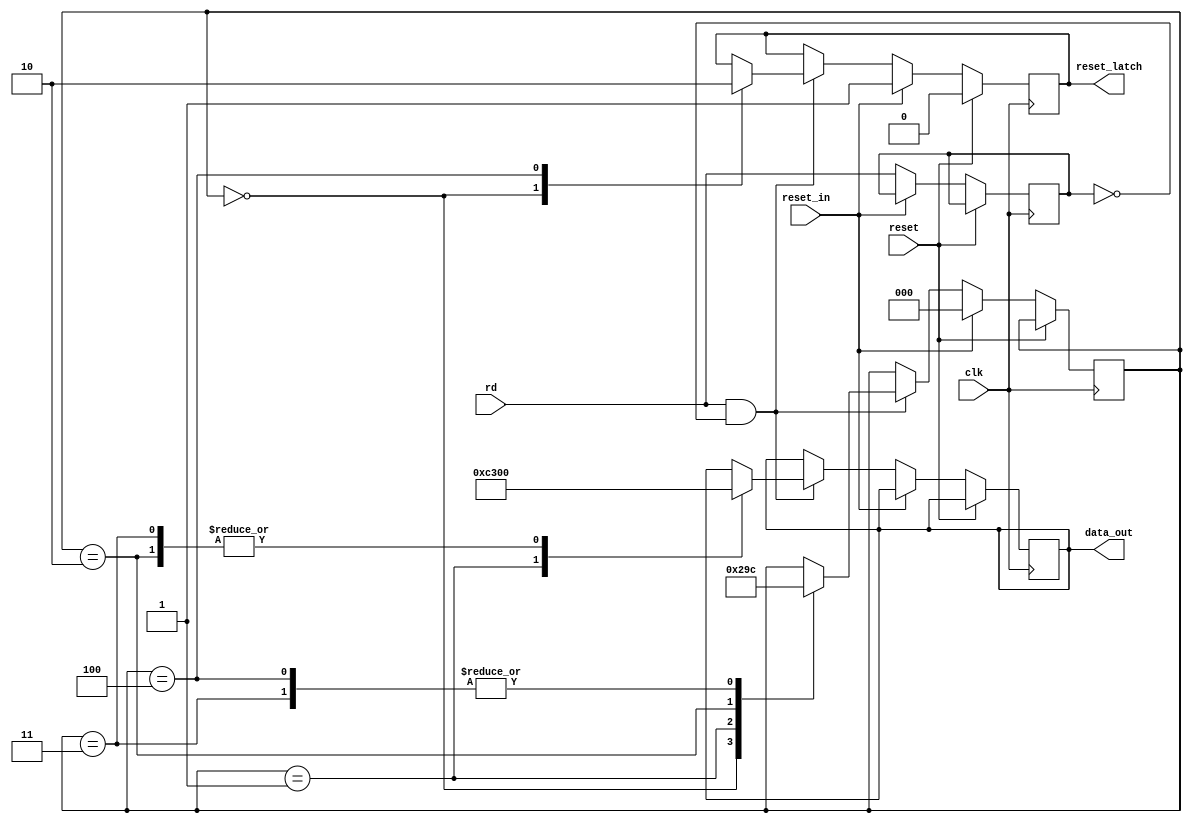
/*
RESET 

sets the program counter back to 0 000 000 000 000 000.
Provides a rapid way to get back to the 1st step of a program.

*/

module reset(
  input clk,
  input reset,
  input rd,
  input reset_in,
  output reg [7:0] data_out,
  output reset_latch
);

  reg [2:0] state = 3'b000;
  reg prev_rd = 1'b0;
  reg rs_lt = 1'b0;
  
  always @(posedge clk)
    begin
      if (reset)
      begin
		  rs_lt <= 1'b0;
		end  
      else if (reset_in)
      begin
		  state <= 3'b000;
        rs_lt <= 1'b1;
		end  
      else
		begin
   	  if (rd && prev_rd==1'b0)
		  begin
          case (state)
            3'b000 : begin
              rs_lt <= 1'b1;
              state <= 3'b001;
				end
            3'b001 : begin
              data_out <= 8'b11000011; // JMP
              state <= 3'b010;
            end
            3'b010 : begin
              data_out <= 8'h00;
              state <= 3'b011;
            end
            3'b011 : begin
              data_out <= 8'h00;
              state <= 3'b100;
            end
            3'b100 : begin						
              state <= 3'b100;
   		     rs_lt <= 1'b0;
            end
          endcase
		  end
		  prev_rd = rd;  
      end
    end
	 assign reset_latch = rs_lt;
endmodule